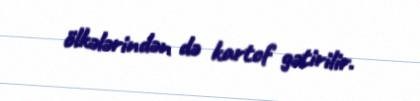
ölkələrindən də kartof gətirilir.